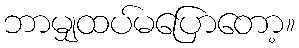
ဘာမျှထပ်မပြောတော့။